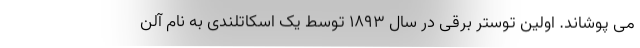
می پوشاند. اولین توستر برقی در سال ۱۸۹۳ توسط یک اسکاتلندی به نام آلن